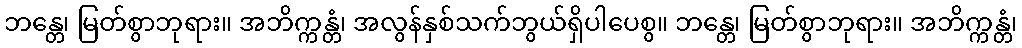
ဘန္တေ၊ မြတ်စွာဘုရား။ အဘိက္ကန္တံ၊ အလွန်နှစ်သက်ဘွယ်ရှိပါပေစွ။ ဘန္တေ၊ မြတ်စွာဘုရား။ အဘိက္ကန္တံ၊